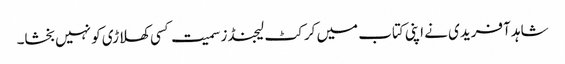
شاہد آفریدی نے اپنی کتاب میں کرکٹ لیجنڈز سمیت کسی کھلاڑی کو نہیں بخشا۔